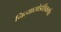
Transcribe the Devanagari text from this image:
नित्यासोडशिकार्णव